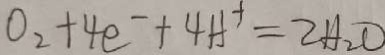
O _ { 2 } + 4 e ^ { - } + 4 H ^ { + } = 2 H _ { 2 } O